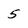
Character: 5